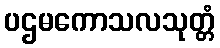
ပဌမကောသလသုတ္တံ